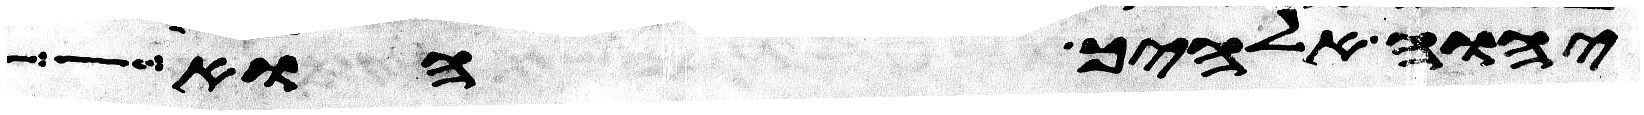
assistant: יהוה אלהיך הוא